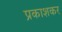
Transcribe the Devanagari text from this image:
प्रकाशकर